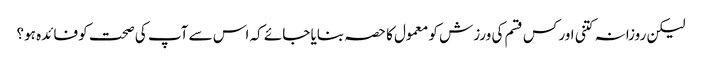
لیکن روزانہ کتنی اور کس قسم کی ورزش کو معمول کا حصہ بنایا جائے کہ اس سے آپ کی صحت کو فائدہ ہو؟